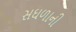
સઘળાની